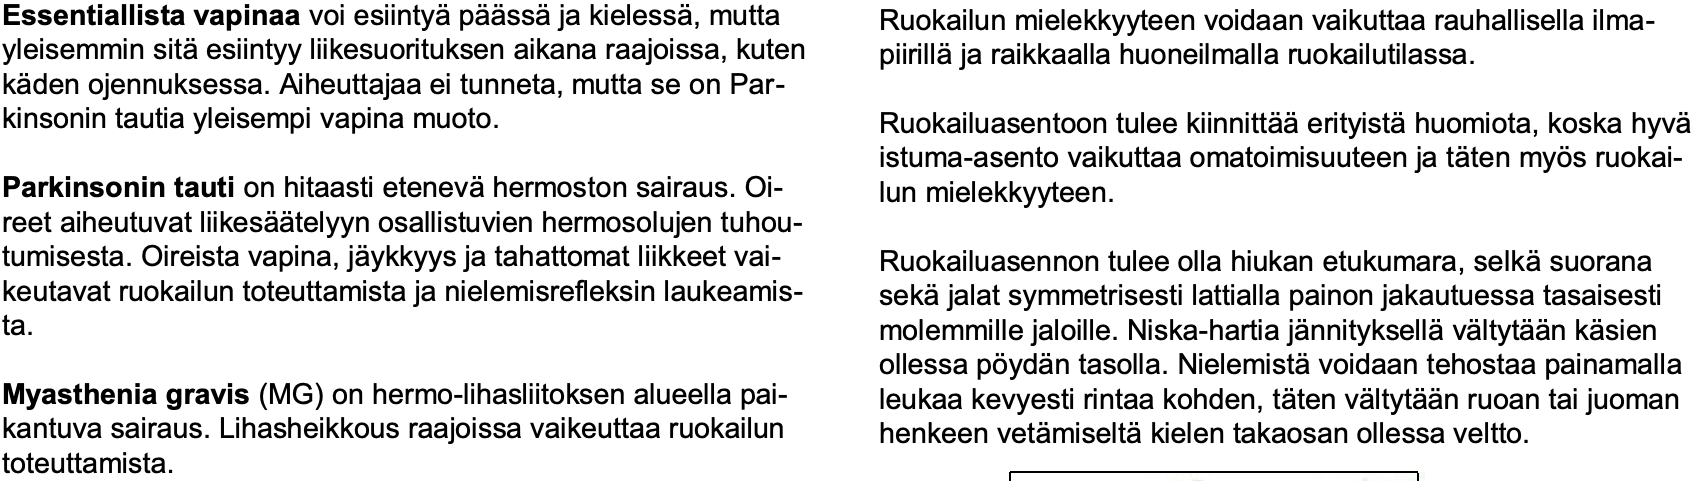
Essentiallista vapinaa voi esiintyäpäässäja kielessä, mutta Ruokailun mielekkyyteen voidaan vaikuttaa rauhallisella ilma- yleisemmin sitäesiintyy liikesuorituksen aikana raajoissa, kuten piirilläja raikkaalla huoneilmalla ruokailutilassa. käden ojennuksessa. Aiheuttajaa ei tunneta, mutta se on Par- kinsonin tautia yleisempi vapina muoto. Ruokailuasentoon tulee kiinnittääerityistähuomiota, koska hyvä istuma-asento vaikuttaa omatoimisuuteen ja täten myös ruokai- Parkinsonin taution hitaasti etenevähermoston sairaus. Oi- lun mielekkyyteen. reet aiheutuvat liikesäätelyyn osallistuvien hermosolujen tuhou- tumisesta. Oireista vapina, jäykkyys ja tahattomat liikkeet vai- Ruokailuasennon tulee olla hiukan etukumara, selkäsuorana keutavat ruokailun toteuttamista ja nielemisrefleksin laukeamis- sekäjalat symmetrisesti lattialla painon jakautuessa tasaisesti ta.                          molemmille jaloille. Niska-hartia jännityksellävältytään käsien ollessa pöydän tasolla.Nielemistävoidaan tehostaa painamalla Myasthenia gravis(MG) on hermo-lihasliitoksen alueella pai- leukaa kevyesti rintaa kohden, täten vältytään ruoan tai juoman kantuva sairaus. Lihasheikkous raajoissa vaikeuttaa ruokailun henkeen vetämiseltäkielen takaosan ollessa veltto. toteuttamista.